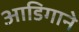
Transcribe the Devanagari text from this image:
आडिगाने